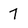
Character: 7